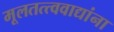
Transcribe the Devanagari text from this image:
मूलतत्त्ववाद्यांना